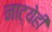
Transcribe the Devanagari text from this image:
नाट्येही